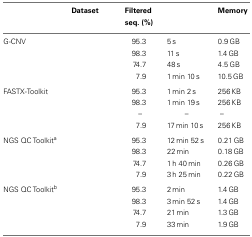
<table><thead><tr><td>[EMPTY_CELL]</td><td><b>Dataset</b></td><td><b>Filtered seq. (%)</b></td><td>[EMPTY_CELL]</td><td><b>Memory</b></td></tr></thead><tbody><tr><td>G-CNV</td><td>[EMPTY_CELL]</td><td>95.3</td><td>5 s</td><td>0.9 GB</td></tr><tr><td>[EMPTY_CELL]</td><td>[EMPTY_CELL]</td><td>98.3</td><td>11 s</td><td>1.4 GB</td></tr><tr><td>[EMPTY_CELL]</td><td>[EMPTY_CELL]</td><td>74.7</td><td>48 s</td><td>4.5 GB</td></tr><tr><td>[EMPTY_CELL]</td><td>[EMPTY_CELL]</td><td>7.9</td><td>1 min 10 s</td><td>10.5 GB</td></tr><tr><td>FASTX-Toolkit</td><td>[EMPTY_CELL]</td><td>95.3</td><td>1 min 2 s</td><td>256 KB</td></tr><tr><td>[EMPTY_CELL]</td><td>[EMPTY_CELL]</td><td>98.3</td><td>1 min 19 s</td><td>256 KB</td></tr><tr><td>[EMPTY_CELL]</td><td>[EMPTY_CELL]</td><td>–</td><td>–</td><td>–</td></tr><tr><td>[EMPTY_CELL]</td><td>[EMPTY_CELL]</td><td>7.9</td><td>17 min 10 s</td><td>256 KB</td></tr><tr><td>NGS QC Toolkit<sup>a</sup></td><td>[EMPTY_CELL]</td><td>95.3</td><td>12 min 52 s</td><td>0.21 GB</td></tr><tr><td>[EMPTY_CELL]</td><td>[EMPTY_CELL]</td><td>98.3</td><td>22 min</td><td>0.18 GB</td></tr><tr><td>[EMPTY_CELL]</td><td>[EMPTY_CELL]</td><td>74.7</td><td>1 h 40 min</td><td>0.26 GB</td></tr><tr><td>[EMPTY_CELL]</td><td>[EMPTY_CELL]</td><td>7.9</td><td>3 h 25 min</td><td>0.22 GB</td></tr><tr><td>NGS QC Toolkit<sup>b</sup></td><td>[EMPTY_CELL]</td><td>95.3</td><td>2 min</td><td>1.4 GB</td></tr><tr><td>[EMPTY_CELL]</td><td>[EMPTY_CELL]</td><td>98.3</td><td>3 min 52 s</td><td>1.4 GB</td></tr><tr><td>[EMPTY_CELL]</td><td>[EMPTY_CELL]</td><td>74.7</td><td>21 min</td><td>1.3 GB</td></tr><tr><td>[EMPTY_CELL]</td><td>[EMPTY_CELL]</td><td>7.9</td><td>33 min</td><td>1.9 GB</td></tr></tbody></table>